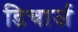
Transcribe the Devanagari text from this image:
डिचार्ज